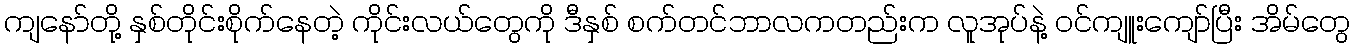
ကျနော်တို့ နှစ်တိုင်းစိုက်နေတဲ့ ကိုင်းလယ်တွေကို ဒီနှစ် စက်တင်ဘာလကတည်းက လူအုပ်နဲ့ ဝင်ကျူးကျော်ပြီး အိမ်တွေ